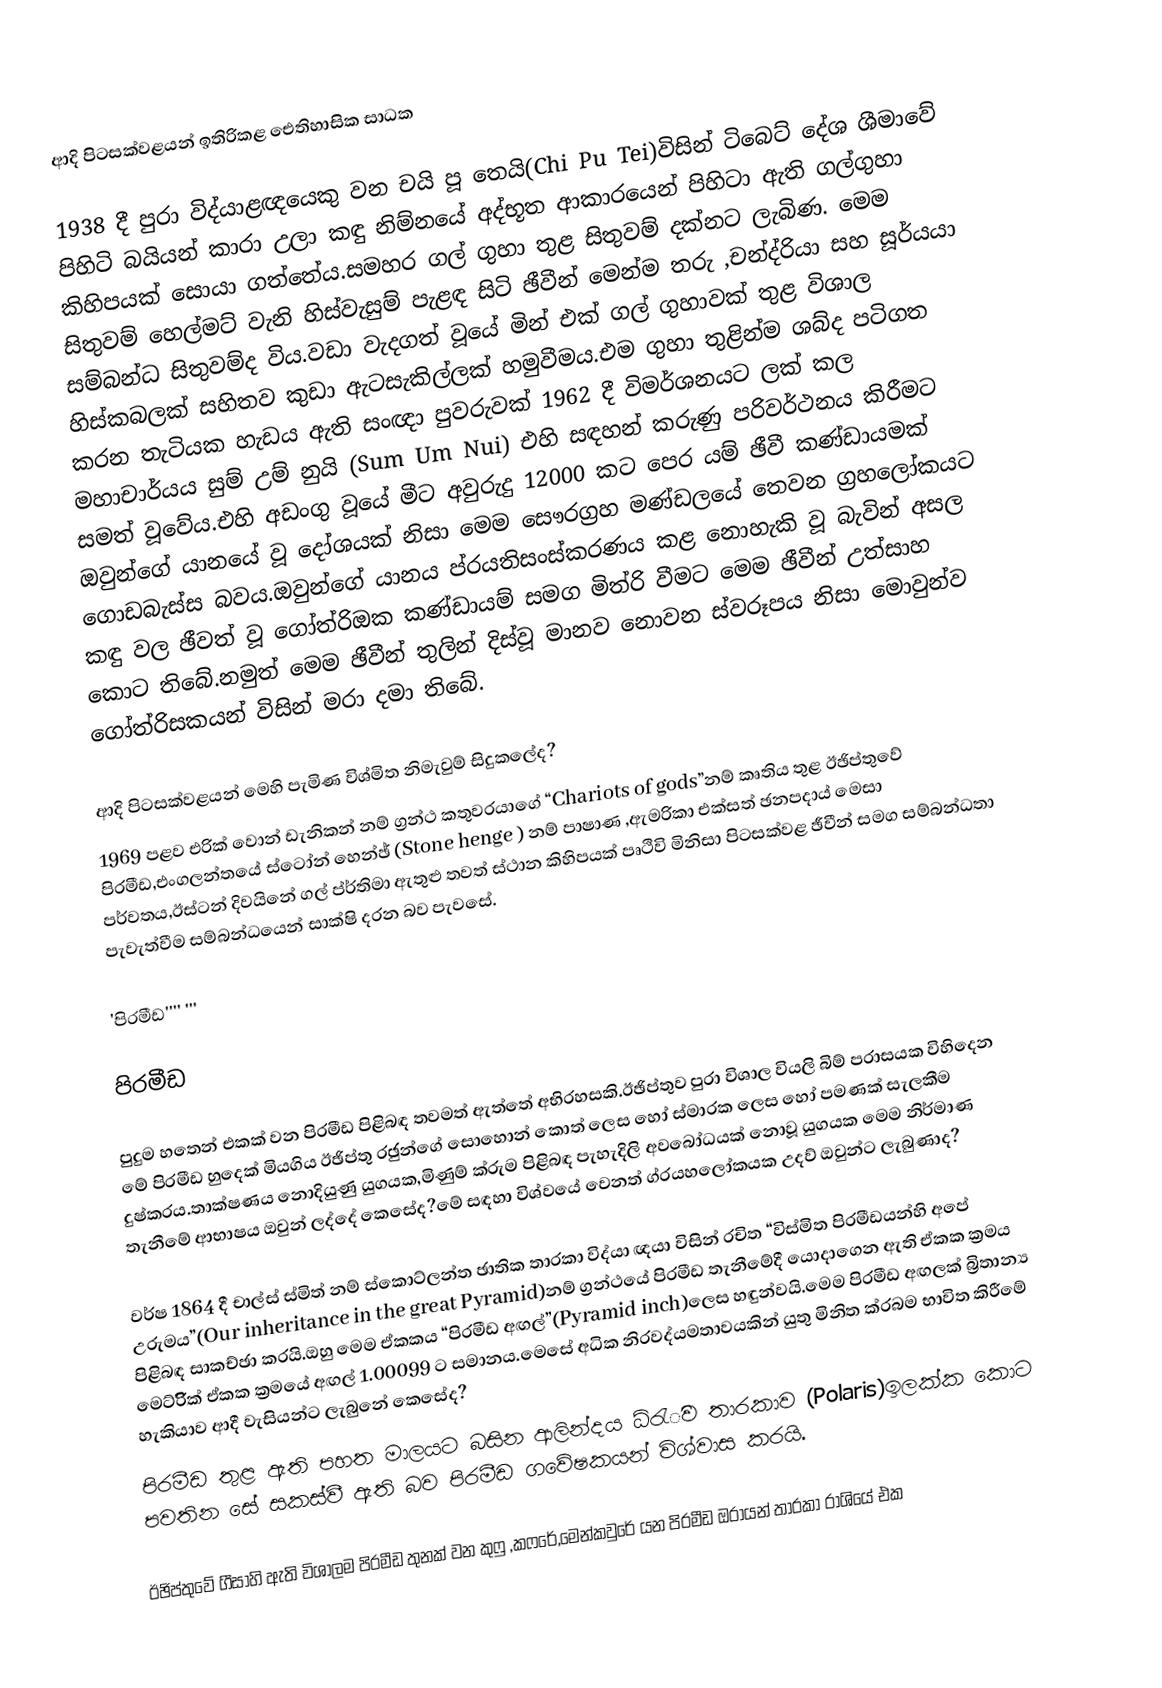
ආදි පිටසක්වළයන් ඉතිරිකළ ඓතිහාසික සාධක

1938 දී පුරා විද්යාළඥයෙකු වන චයි පූ තෙයි(Chi Pu Tei)විසින් ටිබෙට් දේශ ශීමාවේ පිහිටි බයියන් කාරා උලා කඳු නිම්නයේ අද්භූත ආකාරයෙන් පිහිටා ඇති ගල්ගුහා කිහිපයක් සොයා ගත්තේය.සමහර ගල් ගුහා තුළ සිතුවම් දක්නට ලැබිණ. මෙම සිතුවම් හෙල්මට් වැනි හිස්වැසුම් පැළඳ සිටි ඡීවීන් මෙන්ම තරු ,චන්ද්රියා සහ සූර්යයා සම්බන්ධ සිතුවම්ද විය.වඩා වැදගත් වූයේ මින් එක් ගල් ගුහාවක් තුළ විශාල හිස්කබලක් සහිතව කුඩා ඇටසැකිල්ලක් හමුවීමය.එම ගුහා තුළින්ම ශබ්ද පටිගත කරන තැටියක හැඩය ඇති සංඥා පුවරුවක් 1962 දී විමර්ශනයට ලක් කල මහාචාර්යය සුම් උම් නුයි (Sum Um Nui) එහි සඳහන් කරුණු පරිවර්ථනය කිරීමට සමත් වූවේය.එහි අඩංගු වූයේ මීට අවුරුදු 12000 කට පෙර යම් ඡීවී කණ්ඩායමක් ඔවුන්ගේ යානයේ වූ දෝශයක් නිසා මෙම සෞරග්‍රහ මණ්ඩලයේ තෙවන ග්‍රහලෝකයට ගොඩබැස්ස බවය.ඔවුන්ගේ යානය ප්රයතිසංස්කරණය කළ නොහැකි වූ බැවින් අසල කඳු වල ඡීවත් වූ ගෝත්රිඔක කණ්ඩායම් සමග මිත්රි වීමට මෙම ඡීවීන් උත්සාහ කොට තිබේ.නමුත් මෙම ඡීවීන් තුලින් දිස්වූ මානව නොවන ස්වරූපය නිසා මොවුන්ව ගෝත්රිසකයන් විසින් මරා දමා තිබේ.

ආදි පිටසක්වළයන් මෙහි පැමිණ විශ්මිත නිමැවුම් සිදුකලේද?
1969 පළව එරික් වොන් ඩැනිකන් නම් ග්‍රන්ථ කතුවරයාගේ “Chariots of gods”නම් කෘතිය තුළ ඊඡිප්තුවේ පිරමීඩ,එංගලන්තයේ ස්ටෝන් හෙන්ඡ් (Stone henge ) නම් පාෂාණ ,ඇමරිකා එක්සත් ඡනපදාය් මෙසා පර්වතය,ඊස්ටන් දිවයිනේ ගල් ප්ර්තිමා ඇතුළු තවත් ස්ථාන කිහිපයක් පෘථිවි මිනිසා පිටසක්වළ ඡීවීන් සමග සම්බන්ධතා පැවැත්වීම සම්බන්ධයෙන් සාක්ෂි දරන බව පැවසේ.

'පිරමීඩ'''' '''

පිරමීඩ

පුදුම හතෙන් එකක් වන පිරමීඩ පිළිබඳ තවමත් ඇත්තේ අභිරහසකි.ඊඡිප්තුව පුරා විශාල වියලි බිම් පරාසයක විහිදෙන මේ පිරමීඩ හුදෙක් මියගිය ඊඡිප්තු රඡුන්ගේ සොහොන් කොත් ලෙස හෝ ස්මාරක ලෙස හෝ පමණක් සැලකීම දුෂ්කරය.තාක්ෂණය නොදියුණු යුගයක,මිණුම් ක්රුම පිළිබඳ පැහැදිලි අවබෝධයක් නොවූ යුගයක මෙම නිර්මාණ තැනීමේ ආභාෂය ඔවුන් ලද්දේ කෙසේද?මේ සඳහා විශ්වයේ වෙනත් ග්රයහලෝකයක උදව් ඔවුන්ට ලැබුණාද?

වර්ෂ 1864 දී චාල්ස්  ස්මිත් නම් ස්කොට්ලන්ත ඡාතික තාරකා විද්යා ඥයා විසින් රචිත “විස්මිත පිරමීඩයන්හි අපේ උරුමය”(Our inheritance in the great Pyramid)නම් ග්‍රන්ථයේ පිරමීඩ තැනීමේදී යොදාගෙන ඇති ඒකක  ක්‍රමය පිළිබඳ සාකච්ඡා කරයි.ඔහු මෙම ඒකකය “පිරමීඩ අඟල්”(Pyramid inch)ලෙස හඳුන්වයි.මෙම පිරමීඩ අඟලක් බ්‍රිතාන්‍ය මෙට්රිික් ඒකක ක්‍රමයේ අඟල් 1.00099 ට සමානය.මෙසේ අධික නිරවද්යමතාවයකින් යුතු මිනිත ක්රබම භාවිත කිරීමේ හැකියාව ආදී වැසියන්ට ලැබුනේ කෙසේද?
පිරමීඩ තුළ ඇති පහත මාලයට බසින ආලින්දය ධ්රැිව තාරකාව (Polaris)ඉලක්ක කොට පවතින සේ සකස්වී ඇති බව පිරමීඩ ගවේෂකයන් විශ්වාස කරයි.

ඊඡිප්තුවේ ගීසාහි ඇති විශාලම පිරමීඩ තුනක් වන කුෆු ,කෆරේ,මෙන්කවුරේ යන පිරමීඩ ඔරායන් තාරකා රාශියේ එක